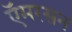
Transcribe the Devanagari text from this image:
ऍमरसन